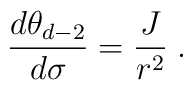
\frac{d\theta_{d-2}}{d\sigma}=\frac{J}{r^2}\;.